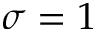
\sigma = 1